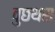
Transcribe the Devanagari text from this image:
वुछथस